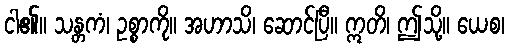
ငါ၏။ သန္တကံ၊ ဥစ္စာကို။ အဟာသိ၊ ဆောင်ပြီ။ ဣတိ၊ ဤသို့။ ယေစ၊